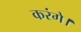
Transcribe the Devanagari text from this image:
करंगे।